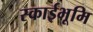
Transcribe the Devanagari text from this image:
स्काईभूमि